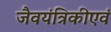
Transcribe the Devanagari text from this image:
जैवयंत्रिकीएवं